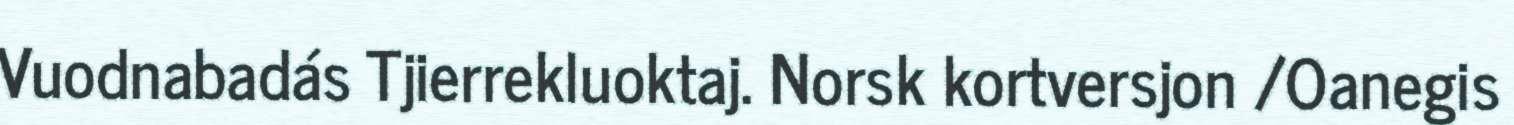
Vuodnabadás Tjierrekluoktaj. Norsk kortversjon /Oanegis